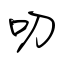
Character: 叨